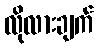
လိုလားချက်